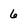
Character: 6